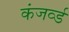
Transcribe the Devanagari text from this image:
कंजर्व्ड